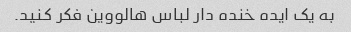
به یک ایده خنده دار لباس هالووین فکر کنید.